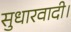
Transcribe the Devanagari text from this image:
सुधारवादी।